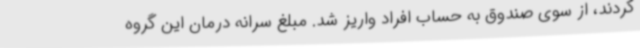
کردند، از سوی صندوق به حساب افراد واریز شد. مبلغ سرانه درمان این گروه